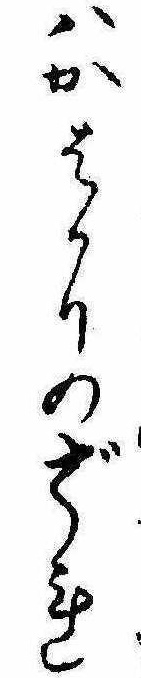
はかはかりのざれ